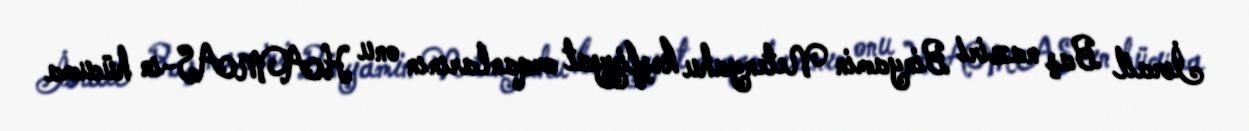
İsrail Baş naziri Binyamin Netenyahu kəşfiyyat orqanlarının onu HAMAS-ın hücuma